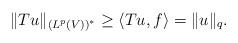
LaTeX: \begin{align*}\|Tu\|_{(L^p(V))^\ast}\geq \langle Tu,f\rangle=\|u\|_q.\end{align*}